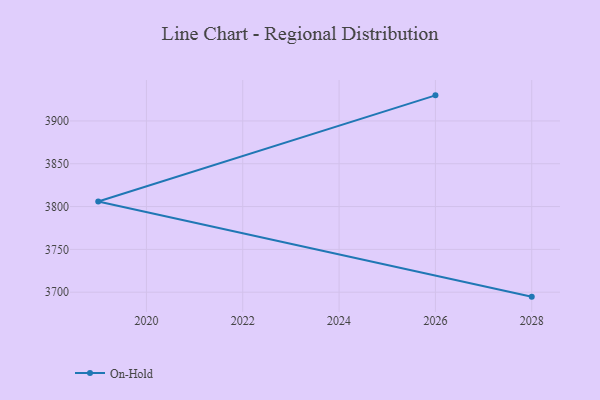
{"axis": {"x": "Year", "y": "Conversion Rate (%)"}, "legend": ["On-Hold"], "data": [{"x": "2028", "y": 3694.8, "type": "On-Hold"}, {"x": "2019", "y": 3805.9, "type": "On-Hold"}, {"x": "2026", "y": 3929.9, "type": "On-Hold"}]}